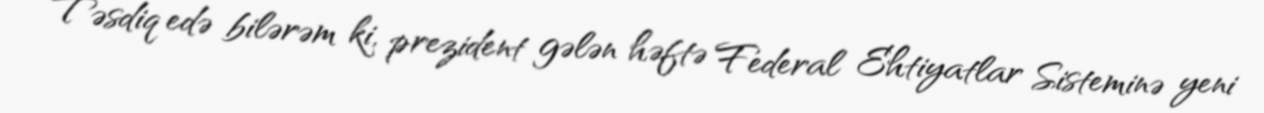
“Təsdiq edə bilərəm ki, prezident gələn həftə Federal Ehtiyatlar Sisteminə yeni